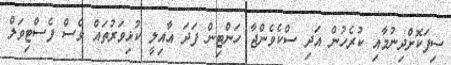
ސިފަކޮށްދިނުމާއި ކުރެހުން އަދި ސްކެވެންޖާ ހަންޓިން ފަދަ އާއިލީ ކުޅިވަރުތައް ވެސް ފެސްޓިވަލް